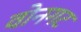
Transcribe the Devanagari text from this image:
वोनगट